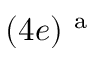
( 4 e ) ^ { \mathrm { ~ a ~ } }